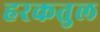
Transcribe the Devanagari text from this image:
हरकतुल